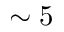
\sim 5